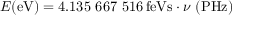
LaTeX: E { \mathrm { ( e V ) } } = 4 . 1 3 5 \ 6 6 7 \ 5 1 6 \, { \mathrm { f e V s } } \cdot \nu \ { \mathrm { ( P H z ) } }